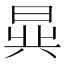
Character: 𬁧